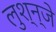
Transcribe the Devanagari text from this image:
लुश्न्जे